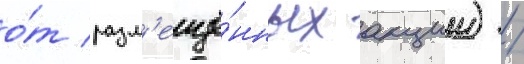
о́т разм'ещё́нных акции) /